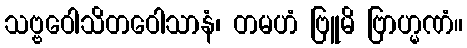
သဗ္ဗဝေါသိတဝေါသာနံ၊ တမဟံ ဗြူမိ ဗြာဟ္မဏံ။